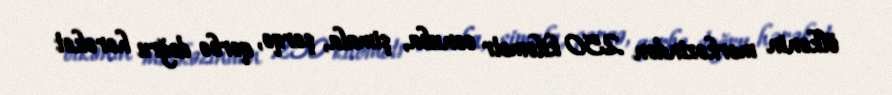
ölkənin mərkəzindən 250 kilometr cənuba, şimala, şərqə, qərbə doğru hərəkət